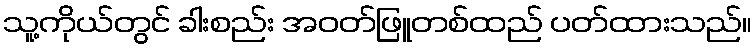
သူ့ကိုယ်တွင် ခါးစည်း အဝတ်ဖြူတစ်ထည် ပတ်ထားသည်။